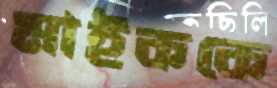
মাইককে